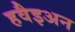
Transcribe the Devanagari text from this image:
हवैइअन